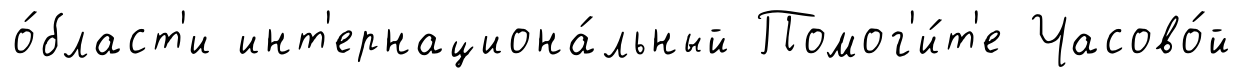
о́бласт'и инт'ернациона́льный Помог'и́т'е Часово́й